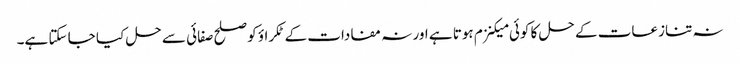
نہ تنازعات کے حل کا کوئی میکنزم ہوتا ہے اور نہ مفادات کے ٹکراؤ کو صلح صفائی سے حل کیا جا سکتا ہے۔